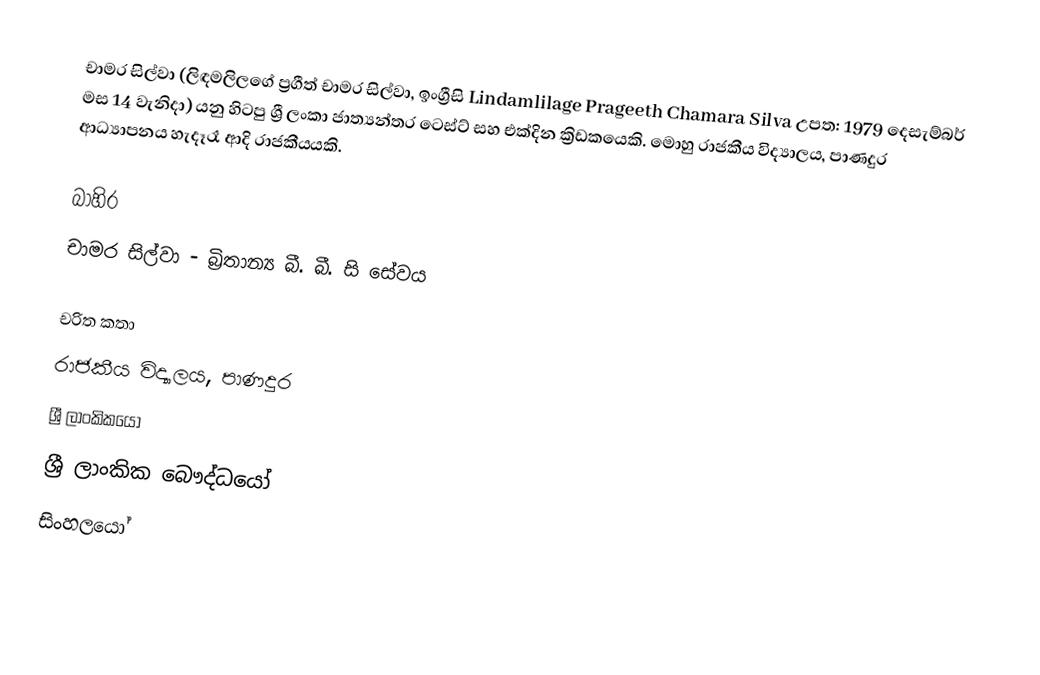
චාමර සිල්වා (ලිඳමලිලගේ ප්‍රගීත් චාමර සිල්වා, ඉංග්‍රීසි Lindamlilage Prageeth Chamara Silva උපත: 1979 දෙසැම්බර් මස 14 වැනිදා)  යනු හිටපු ශ්‍රී ලංකා ජාත්‍යන්තර ටෙස්ට් සහ එක්දින ක්‍රිඩකයෙකි. මොහු රාජකීය විද්‍යාලය, පාණදුර ආධ්‍යාපනය හැදෑරෑ ආදි රාජකීයයකි.

බාහිර
 චාමර සිල්වා - බ්‍රිතාන්‍ය බී. බී. සි සේවය

චරිත කතා
රාජකීය විද්‍යාලය, පාණදුර
ශ්‍රී ලාංකිකයෝ
ශ්‍රී ලාංකික බෞද්ධයෝ
සිංහලයෝ